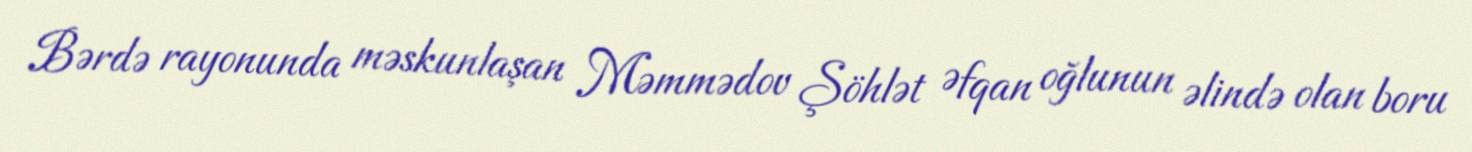
Bərdə rayonunda məskunlaşan Məmmədov Şöhlət Əfqan oğlunun əlində olan boru